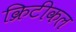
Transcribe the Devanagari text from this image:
क्रिटीकल